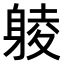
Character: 𨉞